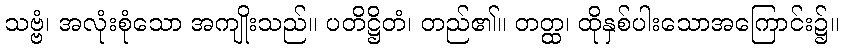
သဗ္ဗံ၊ အလုံးစုံသော အကျိုးသည်။ ပတိဋ္ဌိတံ၊ တည်၏။ တတ္ထ၊ ထိုနှစ်ပါးသောအကြောင်း၌။